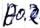
Text: E0.2